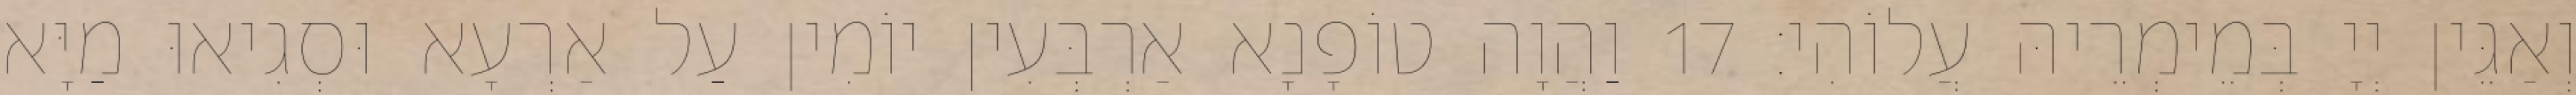
וְאַגֵּין יְיָ בְּמֵימְרֵיהּ עֲלוֹהִי׃ 17 וַהֲוָה טוֹפָנָא אַרְבְּעִין יוֹמִין עַל אַרְעָא וּסְגִיאוּ מַיָּא